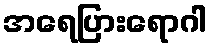
အရေပြားရောဂါ